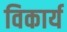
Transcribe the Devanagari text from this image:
विकार्य